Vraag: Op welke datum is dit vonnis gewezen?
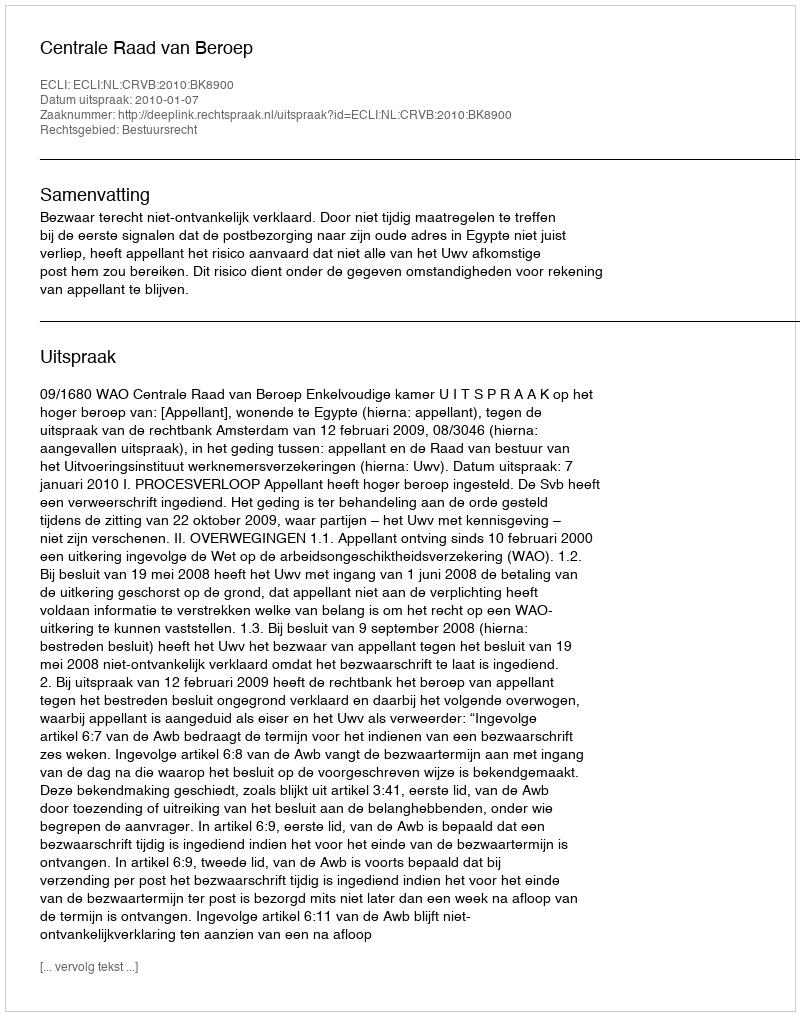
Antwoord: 2010-01-07